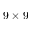
9 \times 9